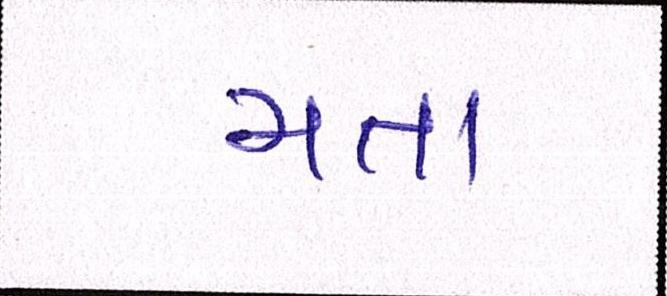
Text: મતા